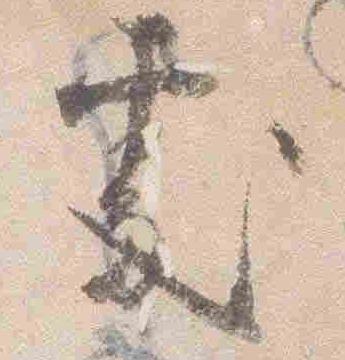
処